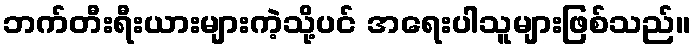
ဘက်တီးရီးယားများကဲ့သို့ပင် အရေးပါသူများဖြစ်သည်။